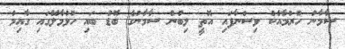
ސާމާނު ހުރުމާއެކު ވިސްނާފައި އޮތީ ލިބުނު ސާމާނުގެ ބޮޑު ބައި ހުޅުމާލޭގައި ގާއިމު